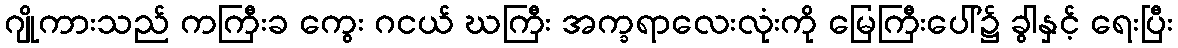
ဂျိုကားသည် ကကြီးခ ကွေး ဂငယ် ဃကြီး အက္ခရာလေးလုံးကို မြေကြီးပေါ်၌ ခွါနှင့် ရေးပြီး